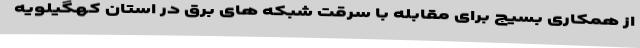
از همکاری بسیج برای مقابله با سرقت شبکه های برق در استان کهگیلویه